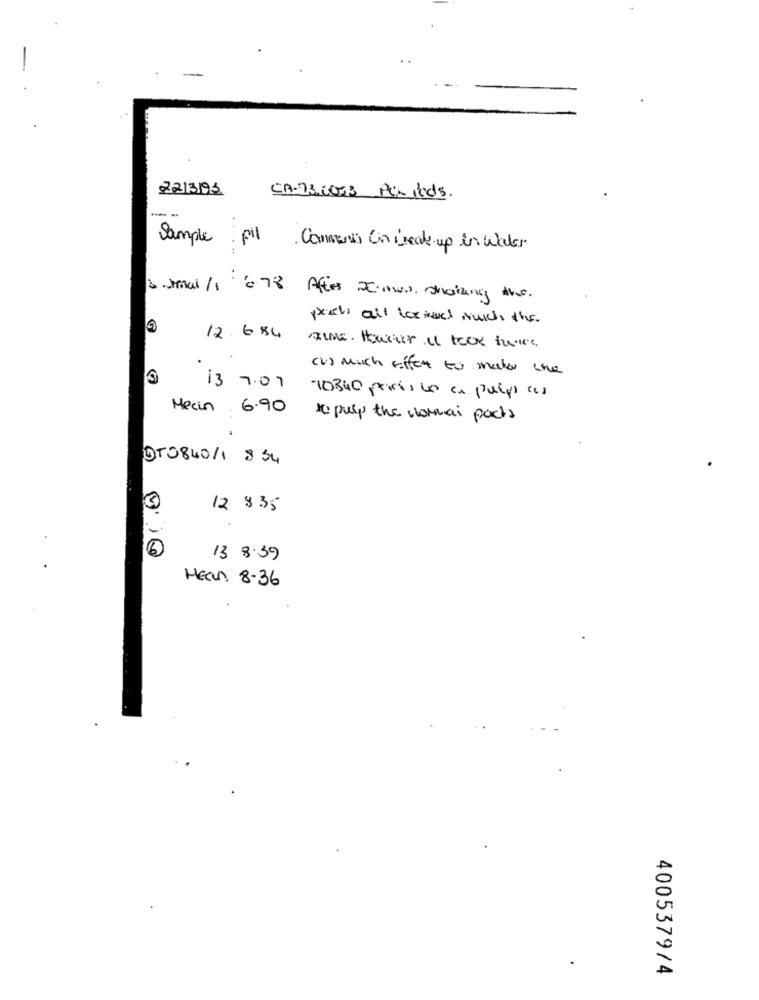
22/3/93
CA.73.0033 Periods.
--
Sample pil Comments Co create up in water
3 . mai/1 678 After 2 www. shaking the.
peal all icried mulch the.
G
12.684
(2) much effet to make the
13 7.07
10340 peristo la pulpo cos
Mecin 6.90
to pely the wormai pacts
DTO840/1 854
3
12 835
6
13 8.39
HEan 8-36
4005379/4